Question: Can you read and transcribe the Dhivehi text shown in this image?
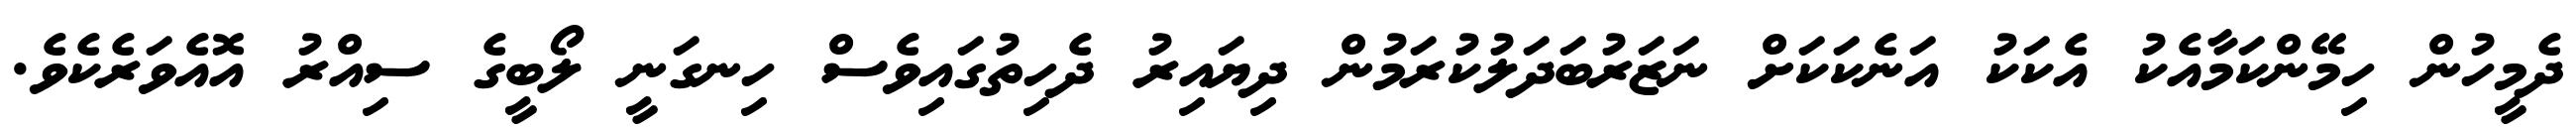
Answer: ދެމީހުން ހިމޭންކަމާއެކު އެކަކު އަނެކަކަށް ނަޒަރުބަދަލުކުރަމުން ދިޔައިރު ދެހިތުގައިވެސް ހިނގަނީ ލޯބީގެ ސިއްރު އޮއެވަރެކެވެ.